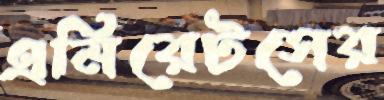
এমিরেটসের